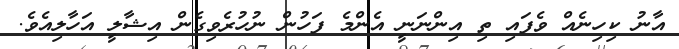
އާނު ކިހިނެއް ވެފައި ތި އިންނަނީ އެންމެ ފަހުން ނުހުރެވިގެން އިޝާލީ އަހާލިއެވެ.